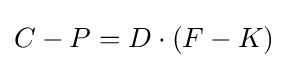
C-P=D\cdot (F-K)